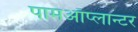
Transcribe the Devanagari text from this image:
पामऑप्लान्टर